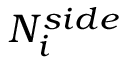
N _ { i } ^ { s i d e }